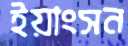
ইয়াংসন